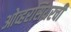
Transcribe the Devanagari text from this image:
ओव्हरसियरची